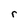
Character: r